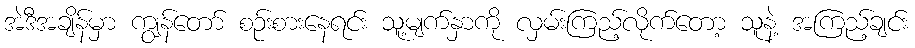
အဲဒီအချိန်မှာ ကျွန်တော် စဉ်းစားနေရင်း သူ့မျက်နှာကို လှမ်းကြည့်လိုက်တော့ သူနဲ့ အကြည့်ချင်း